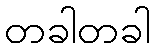
တခါတခါ